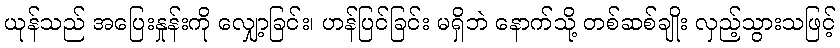
ယုန်သည် အပြေးနှုန်းကို လျှော့ခြင်း၊ ဟန်ပြင်ခြင်း မရှိဘဲ နောက်သို့ တစ်ဆစ်ချိုး လှည့်သွားသဖြင့်